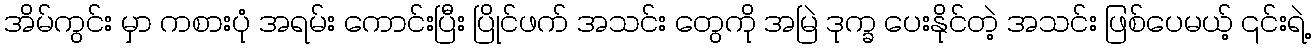
အိမ်ကွင်း မှာ ကစားပုံ အရမ်း ကောင်းပြီး ပြိုင်ဖက် အသင်း တွေကို အမြဲ ဒုက္ခ ပေးနိုင်တဲ့ အသင်း ဖြစ်ပေမယ့် ၎င်းရဲ့